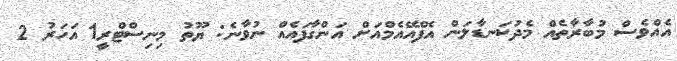
އެއްވެސް މުބާރާތެއް މެދުކަނޑާލަން އެފްއޭއެމްއަށް އަންގާފައެއް ނުވާނެ: ޔޫތު މިނިސްޓްރީ1 އަހަރު 2